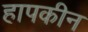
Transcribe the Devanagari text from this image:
हापकीन